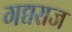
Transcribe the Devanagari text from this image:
गद्यराज